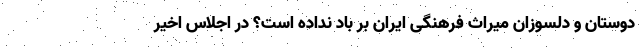
‌دوستان و دلسوزانِ میراث فرهنگی ایران بر باد نداده است؟ در اجلاس اخیر